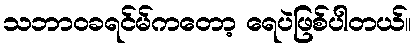
သဘာဝခရင်မ်ကတော့ ရေပဲဖြစ်ပါတယ်။